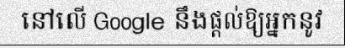
នៅលើ Google នឹងផ្តល់ឱ្យអ្នកនូវ